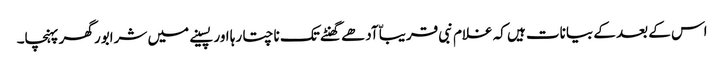
اس کے بعد کے بیانات ہیں کہ غلام نبی قریباّ آدھے گھنٹے تک ناچتا رہا اور پسینے میں شرابور گھر پہنچا۔